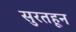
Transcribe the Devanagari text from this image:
सुरतहून